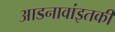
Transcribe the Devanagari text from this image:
आडनावांइतकी